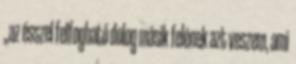
„az ésszel felfogható dolog másik felének azt veszem, ami